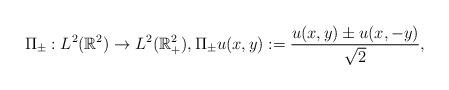
LaTeX: \begin{gather*}\Pi_\pm:L^{2}(\mathbb{R}^{2})\to L^{2}(\mathbb{R}^{2}_{+}),\Pi_\pm u(x,y):=\frac{u(x,y)\pm u(x,-y)}{\sqrt{2}},\end{gather*}